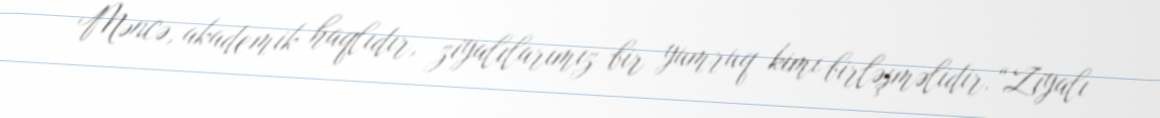
Məncə, akademik haqlıdır, ziyalılarımız bir yumruq kimi birləşməlidir.“Ziyalı